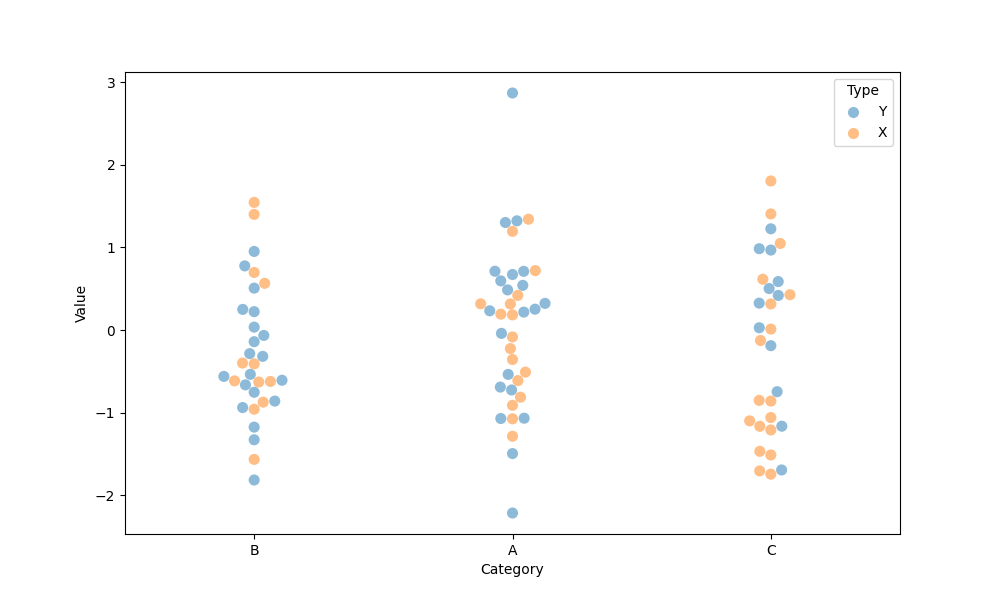
python, seaborn, swarmplot, dodge=False, alpha=0.5, size=8